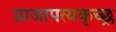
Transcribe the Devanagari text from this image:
प्राजापत्यकृच्छ्र